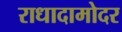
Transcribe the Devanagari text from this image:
राधादामोदर